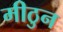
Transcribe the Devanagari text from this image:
मीठुन